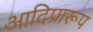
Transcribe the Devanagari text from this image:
आदिप्रारूप